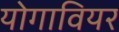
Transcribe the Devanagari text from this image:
योगावियर